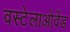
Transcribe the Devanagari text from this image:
वस्टेलाओवेंड